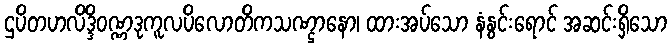
ဌပိတဟလိဒ္ဒိဝဏ္ဏဒုကူလပိလောတိကသဏ္ဌာနော၊ ထားအပ်သော နံနွင်းရောင် အဆင်းရှိသော